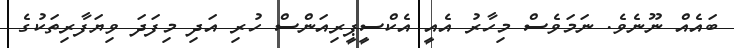
ބައެއް ނޫނެވެ. ނަމަވެސް މިހާރު އެއީ އެކްސީޕީރިއަންސް ހުރި އަދި މިފަދަ ވިޔަފާރިތަކުގެ